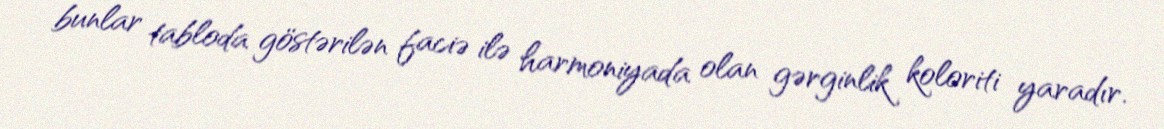
bunlar tabloda göstərilən faciə ilə harmoniyada olan gərginlik koloriti yaradır.